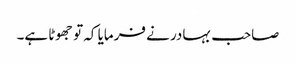
صاحب بہادر نے فرمایا کہ تو جھوٹا ہے۔